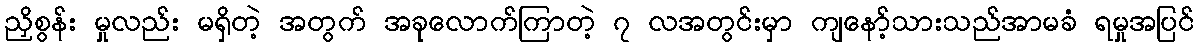
ညှိစွန်း မှုလည်း မရှိတဲ့ အတွက် အခုလောက်ကြာတဲ့ ၇ လအတွင်းမှာ ကျနော့်သားသည်အာမခံ ရမှုအပြင်